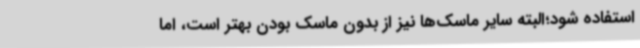
استفاده شود؛البته سایر ماسک‌ها نیز از بدون ماسک بودن بهتر است، اما